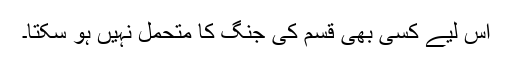
اس لیے کسی بھی قسم کی جنگ کا متحمل نہیں ہو سکتا۔